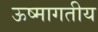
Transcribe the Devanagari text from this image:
ऊष्मागतीय